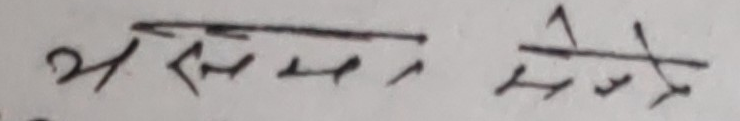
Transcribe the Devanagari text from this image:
भसेन सेते